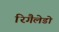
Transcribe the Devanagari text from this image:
रिगैलेडो